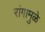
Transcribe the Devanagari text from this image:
रांगामुळे